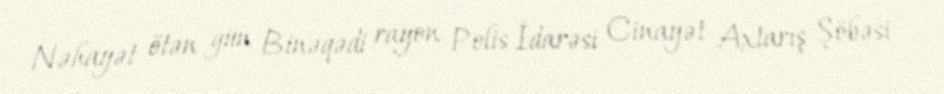
Nəhayət ötən gün Binəqədi rayon Polis İdarəsi Cinayət Axtarış Şöbəsi